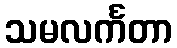
သမလင်္ကတာ